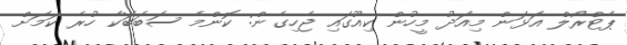
ޕެޓްރޯލް އަޅަން މިއަދު މީހުން ކިއޫގައި ޖެހިގެން: ކޮންމެ ސަބަބަކާ ހުރެ ކަމަށް